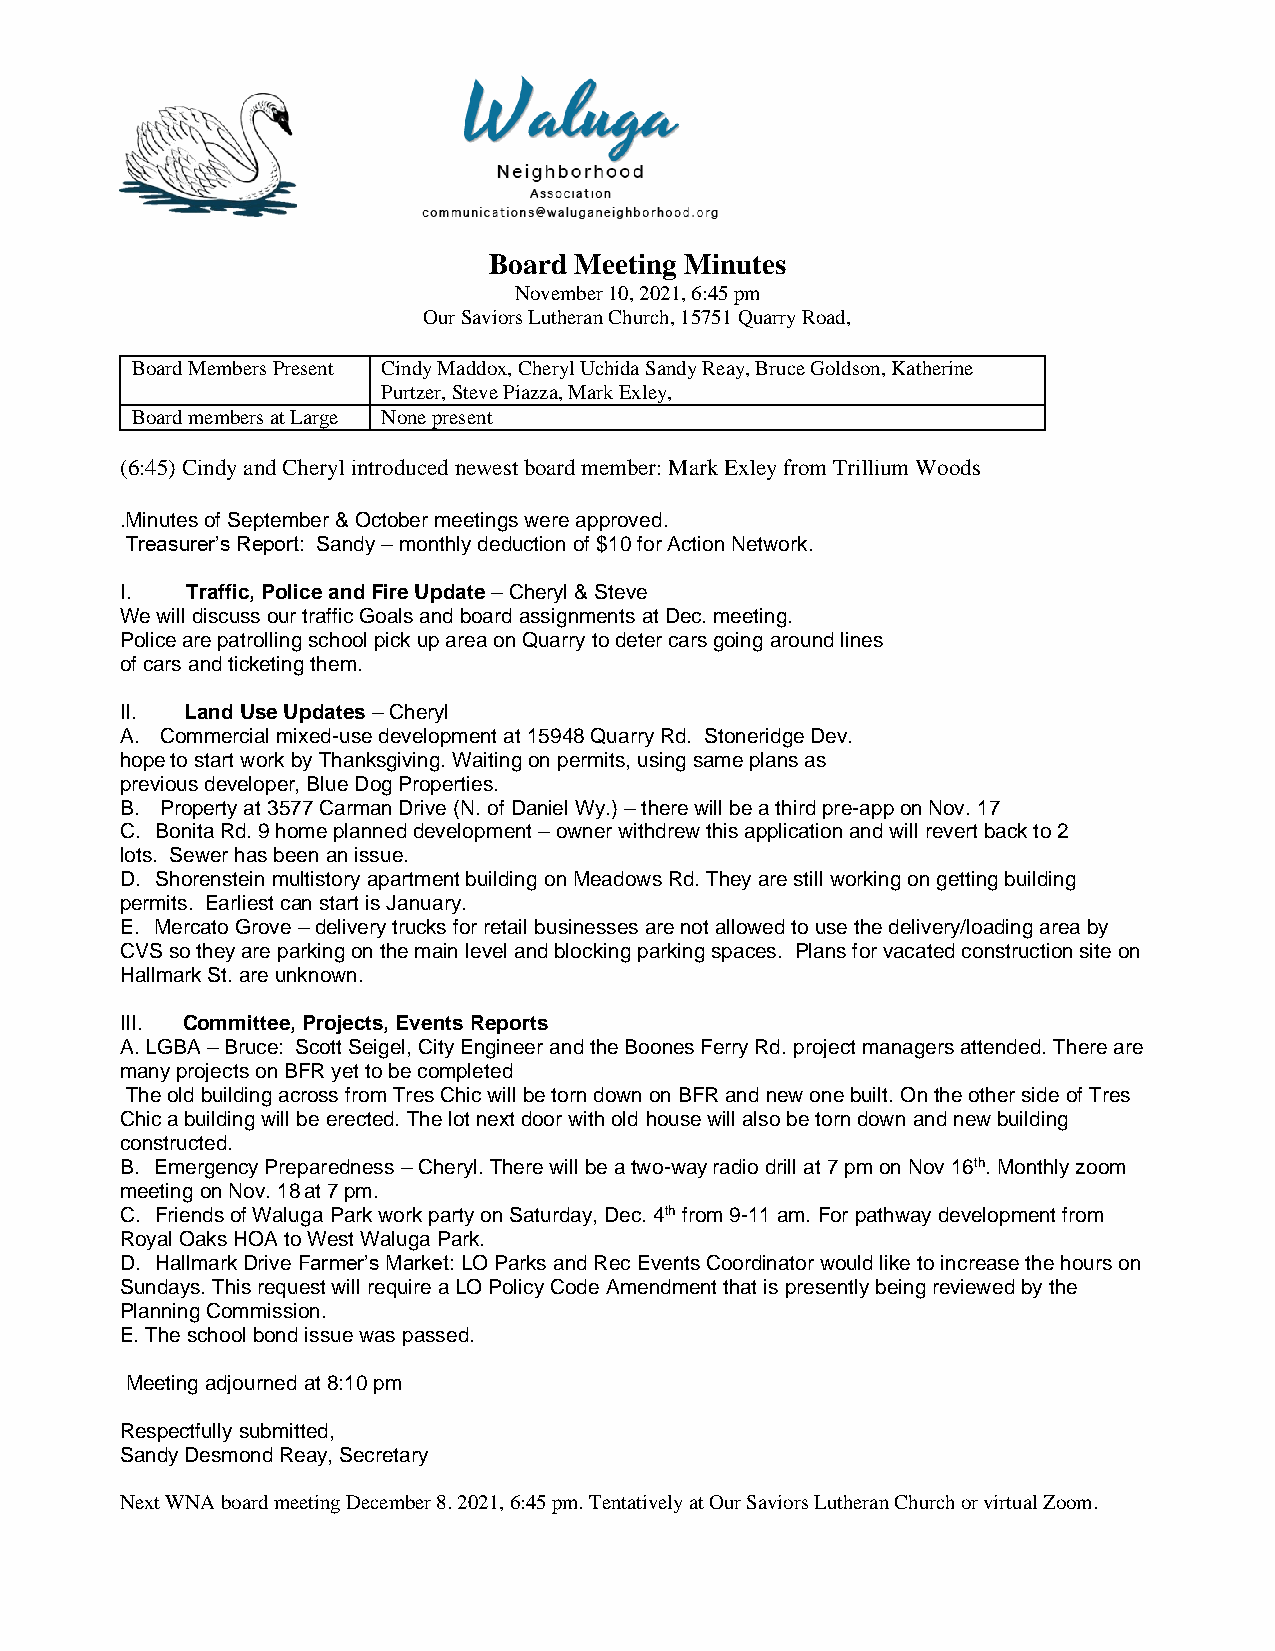
Board Meeting Minutes
 November 10, 2021, 6:45 pm
 Our Saviors Lutheran Church, 15751 Quarry Road,
 Board Members Present Cindy Maddox, Cheryl Uchida Sandy Reay, Bruce Goldson, Katherine
 Purtzer, Steve Piazza, Mark Exley,
 Board members at Large None present
 (6:45) Cindy and Cheryl introduced newest board member: Mark Exley from Trillium Woods
 .Minutes of September & October meetings were approved.
 Treasurer’s Report: Sandy – monthly deduction of $10 for Action Network.
 I.  Traffic, Police and Fire Update – Cheryl & Steve
 We will discuss our traffic Goals and board assignments at Dec. meeting.
 Police are patrolling school pick up area on Quarry to deter cars going around lines
 of cars and ticketing them.
 II. Land Use Updates – Cheryl
 A. Commercial mixed-use development at 15948 Quarry Rd. Stoneridge Dev.
 hope to start work by Thanksgiving. Waiting on permits, using same plans as
 previous developer, Blue Dog Properties.
 B. Property at 3577 Carman Drive (N. of Daniel Wy.) – there will be a third pre-app on Nov. 17
 C. Bonita Rd. 9 home planned development – owner withdrew this application and will revert back to 2
 lots. Sewer has been an issue.
 D. Shorenstein multistory apartment building on Meadows Rd. They are still working on getting building
 permits. Earliest can start is January.
 E. Mercato Grove – delivery trucks for retail businesses are not allowed to use the delivery/loading area by
 CVS so they are parking on the main level and blocking parking spaces. Plans for vacated construction site on
 Hallmark St. are unknown.
 III. Committee, Projects, Events Reports
 A. LGBA – Bruce: Scott Seigel, City Engineer and the Boones Ferry Rd. project managers attended. There are
 many projects on BFR yet to be completed
 The old building across from Tres Chic will be torn down on BFR and new one built. On the other side of Tres
 Chic a building will be erected. The lot next door with old house will also be torn down and new building
 constructed.
 B. Emergency Preparedness – Cheryl. There will be a two-way radio drill at 7 pm on Nov 16th. Monthly zoom
 meeting on Nov. 18 at 7 pm.
 C. Friends of Waluga Park work party on Saturday, Dec. 4th from 9-11 am. For pathway development from
 Royal Oaks HOA to West Waluga Park.
 D. Hallmark Drive Farmer’s Market: LO Parks and Rec Events Coordinator would like to increase the hours on
 Sundays. This request will require a LO Policy Code Amendment that is presently being reviewed by the
 Planning Commission.
 E. The school bond issue was passed.
 Meeting adjourned at 8:10 pm
 Respectfully submitted,
 Sandy Desmond Reay, Secretary
 Next WNA board meeting December 8. 2021, 6:45 pm. Tentatively at Our Saviors Lutheran Church or virtual Zoom.